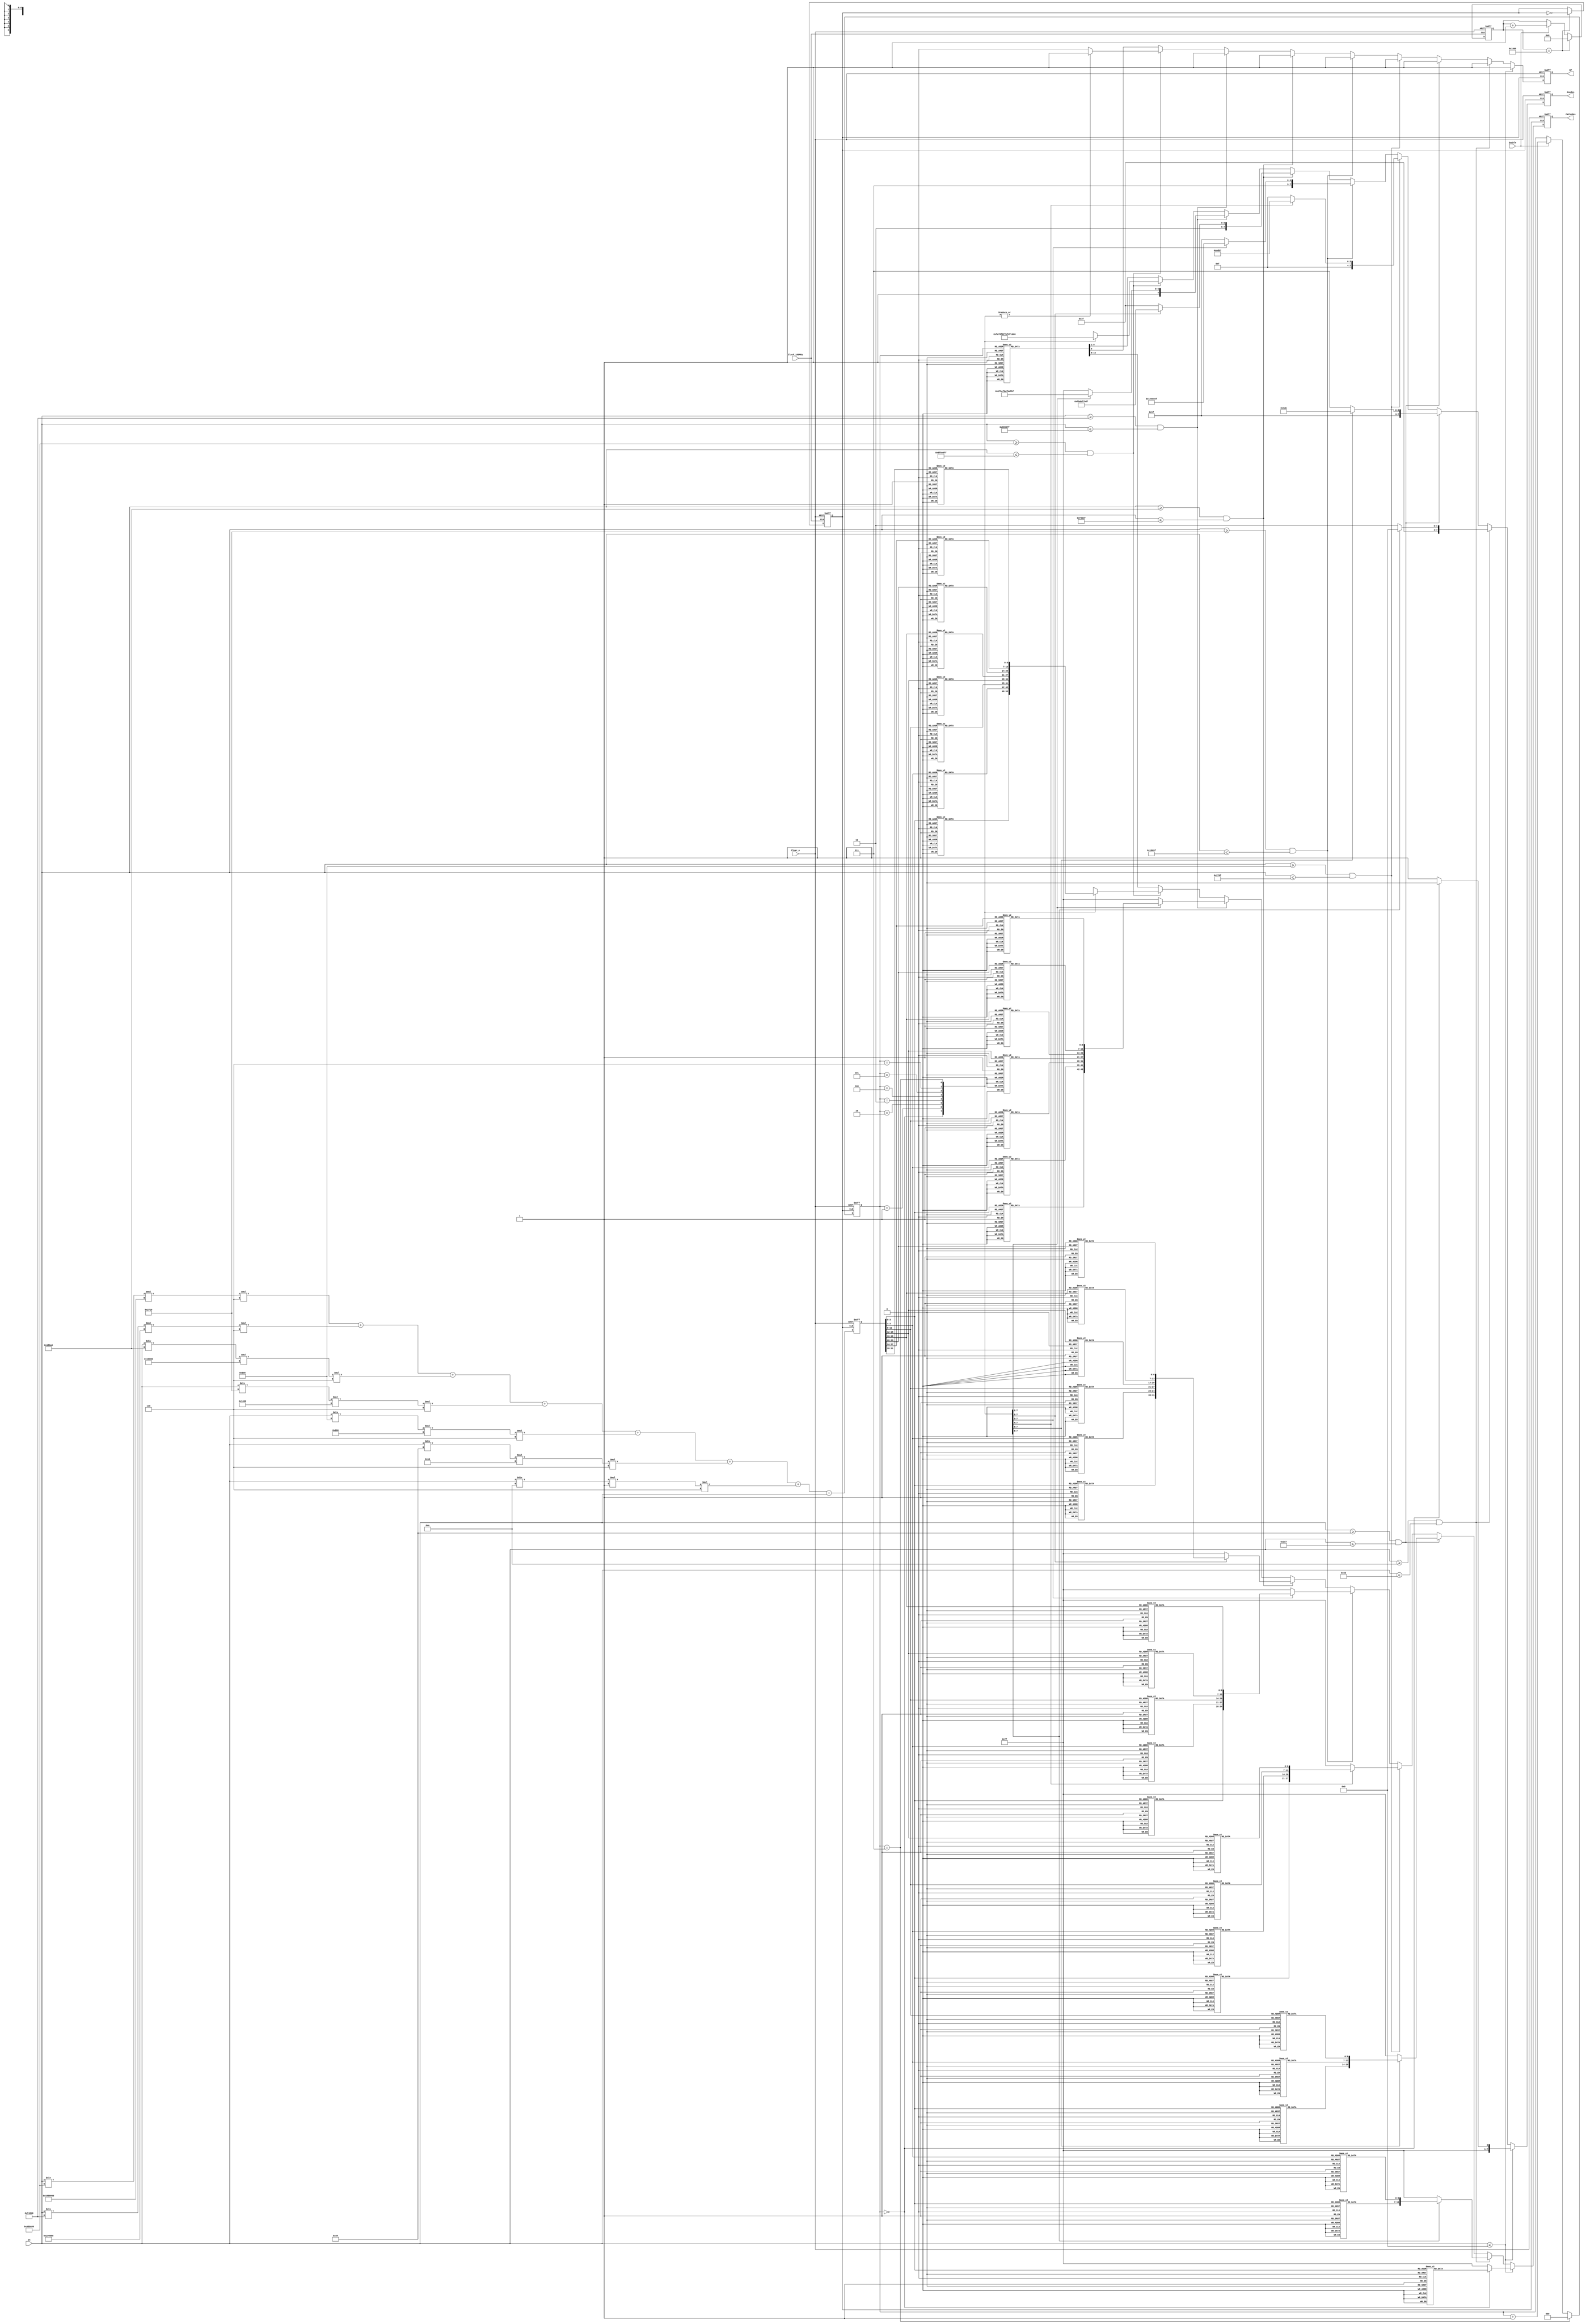
`timescale 1ns/1ns

//////////////////////////////////////////////////////////////////////////////////
// Company:  RUAS
// 
// Design Name: 
// Module Name: BCD_to_7_segment_LED_Decoder
// Project Name: 
// Target Devices: Device Independent 
// Tool Versions: 
// Description: 
// 
// Dependencies: None
// 
// Revision:
// Revision 0.01 - File Created
// Additional Comments:
// 
//////////////////////////////////////////////////////////////////////////////////


module BCD_to_7_segment_LED_Decoder(
         output reg DP,  // Decimal point selection for 7_seg_LED Display
         output reg [6:0] Cathodes, // Cathode selection for 7_seg_LED Display
         output reg [7:0] Anodes,   //Anode selection for 7_seg_LED Display
         input [26:0] In,
         input Enable, Clock_100MHz, Clear_n);
 
         reg clock_8KHz;  
         reg [31:0] BCD;   
                
            
//Convert Decimal number(In) to BCD number(BCD)
 always@(posedge clock_8KHz, negedge Clear_n)
   if(!Clear_n)
      BCD <= 0;
   else   
      BCD <= ((In/10**7)*(16**6)*6) + ((In/10**6)*(16**5)*6) +
             ((In/10**5)*(16**4)*6) + ((In/10**4)*(16**3)*6) +
             ((In/10**3)*(16**2)*6) + ((In/10**2)*(16**1)*6) +
             ((In/10**1)*(16**0)*6) +   In;  
                    
    
 // This program uses 1ms refresh scheme for 7-segment_LED display,
  // i.e all eight digits are driven once every 1ms
  // There are 8 digits, so create a clock of 1ms/8 = 125 s(8 KHz)
  // 125 s clock = 62.5 s on + 62.5 s off
  // 10 ns = 1; 62.5 s = x; x = 6250; 
  // 6249 = 1_1000_0110_1001b
  
    reg [12:0] count_6250; 
  
    always@(posedge Clock_100MHz, negedge Clear_n)
       if(!Clear_n)
          begin
            count_6250 <= 0;
            clock_8KHz <= 0;
          end          
       else if(count_6250 == 6249)
          begin
            count_6250 <= 0;
            clock_8KHz <= ~clock_8KHz;                                
          end
        else if(Enable)
            count_6250 <= count_6250 + 1;             
          
          
 // Generate Anode assert for 7-segment LED
  // 7 for Digit 7, ------  0 for Digit 0   
     reg [2:0] Digit;
     
     always@(posedge clock_8KHz, negedge Clear_n)
        if(!Clear_n)
           Digit <= 0;          
        else if(Digit == 7) 
           Digit <= 0;                    
        else if(Enable)
           Digit <= Digit + 1;  
           
          
  // Make assignments to Anodes and Cathodes based on In
  always@(negedge clock_8KHz, negedge Clear_n)
    if(!Clear_n)
      begin 
        DP <= 1;
        Anodes   <= 8'b11111110;
        Decoder(4'd0);  // 0
      end   
    else if(In <= 9)   
       case(Digit)  //Assert AN0
               0 : Digit_0;
         default : Digit_disable;          
       endcase         
    else if((In >= 10) && (In <= 99)) 
       case(Digit)  //Assert AN0,AN1
               0 : Digit_0;
               1 : Digit_1;
         default : Digit_disable;  
       endcase         
    else if((In >= 100) && (In <= 999))     
       case(Digit)  //Assert AN0,AN1,AN2 
               0 : Digit_0;
               1 : Digit_1;
               2 : Digit_2;
         default : Digit_disable; 
       endcase       
    else if((In >= 1000) && (In <= 9999)) 
        case(Digit)  //Assert AN0,AN1,AN2,AN3
                0 : Digit_0;
                1 : Digit_1;
                2 : Digit_2;
                3 : Digit_3;
          default : Digit_disable;       
        endcase        
    else if((In >= 10000) && (In <= 99999)) 
        case(Digit)  //Assert AN0,AN1,AN2,AN3,AN4
                0 : Digit_0;
                1 : Digit_1;
                2 : Digit_2;
                3 : Digit_3;
                4 : Digit_4;
          default : Digit_disable;      
        endcase         
    else if((In >= 100000) && (In <= 999999)) 
        case(Digit)  //Assert AN0,AN1,AN2,AN3,AN4,AN5
                0 : Digit_0;
                1 : Digit_1;
                2 : Digit_2;
                3 : Digit_3;
                4 : Digit_4;
                5 : Digit_5;
          default : Digit_disable;      
        endcase 
   else if((In >= 1000000) && (In <= 9999999)) 
        case(Digit)  //Assert AN0,AN1,AN2,AN3,AN4,AN5,AN6
                0 : Digit_0;
                1 : Digit_1;
                2 : Digit_2;
                3 : Digit_3;
                4 : Digit_4;
                5 : Digit_5;
                6 : Digit_6;
          default : Digit_disable;      
        endcase   
   else if((In >= 10000000) && (In <= 99999999))  
        case(Digit)  //Assert AN0,AN1,AN2,AN3,AN4,AN5,AN6,AN7 
                0 : Digit_0;
                1 : Digit_1;
                2 : Digit_2;
                3 : Digit_3;
                4 : Digit_4;
                5 : Digit_5;
                6 : Digit_6;
                7 : Digit_7;
        endcase 
   else // Display OVER FLOW if In is greaterthan 99999999
     case(Digit)
          7 : begin
                DP <= 1;
                Anodes <= 8'b01111111;
                Cathodes <= 7'b0000001; // O
              end
          6 : begin 
                DP <= 1;
                Anodes <= 8'b10111111;
                Cathodes <= 7'b1000001; // U = V
              end                       
          5 : begin
                DP <= 1;
                Anodes <= 8'b11011111;
                Cathodes <= 7'b0110000; // E
              end                        
          4 : begin
                DP <= 1;
                Anodes <= 8'b11101111;
                Cathodes <= 7'b0001000; // R
              end  
          3 : begin
                DP <= 1;
                Anodes <= 8'b11110111;
                Cathodes <= 7'b0111000; // F
              end
           2 : begin
                 DP <= 1;
                 Anodes <= 8'b11111011;
                 Cathodes <= 7'b1110001; // L
               end                        
          1 : begin
                DP <= 1;
                Anodes <= 8'b11111101;
                Cathodes <= 7'b0000001; // O
              end                       
          0 : begin
                DP <= 1;
                Anodes <= 8'b11111110;
                Cathodes <= 7'b1000001; // U = W
              end
        endcase               
    
  task Digit_disable;
    begin  
      DP <= 1;
      Anodes <= 8'b11111111;
      Decoder(4'b1111);
     end  
  endtask        
               
  task Digit_0;
    begin
      DP <= 1;
      Anodes <= 8'b11111110;
      Decoder(BCD[3:0]);
    end  
  endtask  
    
  task Digit_1;
    begin
      DP <= 1;
      Anodes <= 8'b11111101;
      Decoder(BCD[7:4]);
    end  
  endtask     
    
  task Digit_2;
    begin
      DP <= 1;
      Anodes <= 8'b11111011;
      Decoder(BCD[11:8]);
    end  
  endtask 
    
  task Digit_3;
    begin
      DP <= 1;
      Anodes <= 8'b11110111;
      Decoder(BCD[15:12]);
    end  
  endtask  
    
  task Digit_4;
    begin
      DP <= 1;
      Anodes <= 8'b11101111;
      Decoder(BCD[19:16]);
    end  
  endtask 
    
  task Digit_5;
    begin
      DP <= 1;
      Anodes <= 8'b11011111;
      Decoder(BCD[23:20]);
    end  
  endtask 

  task Digit_6;
    begin
      DP <= 1;
      Anodes <= 8'b10111111;
      Decoder(BCD[27:24]);
    end  
  endtask 
    
  task Digit_7;
    begin
      DP <= 1;
      Anodes <= 8'b01111111;
      Decoder(BCD[31:28]);
    end  
  endtask  
   
    
  // Enable Cathodes of a digit       
   task Decoder;
     input [3:0] BCD_Number;
      case(BCD_Number)  //Assign values to 7 segment LED's A as MSB, G as LSB
             0:  Cathodes <= 7'b0000001; // 0
             1:  Cathodes <= 7'b1001111; // 1
             2:  Cathodes <= 7'b0010010; // 2
             3:  Cathodes <= 7'b0000110; // 3
             4:  Cathodes <= 7'b1001100; // 4
             5:  Cathodes <= 7'b0100100; // 5
             6:  Cathodes <= 7'b0100000; // 6
             7:  Cathodes <= 7'b0001111; // 7
             8:  Cathodes <= 7'b0000000; // 8
             9:  Cathodes <= 7'b0000100; // 9
        default: Cathodes <= 7'b1111111; // Disble all cathodes          
       endcase                 
    endtask    
   
 endmodule